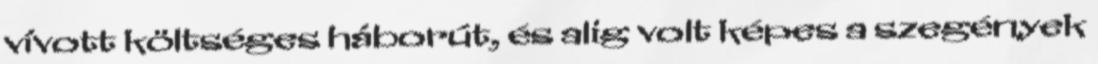
vívott költséges háborút, és alig volt képes a szegények